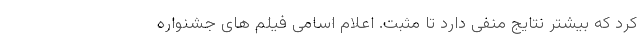
کرد که بیشتر نتایج منفی دارد تا مثبت. اعلام اسامی فیلم های جشنواره